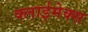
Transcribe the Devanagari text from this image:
क्लाईमेक्स